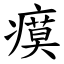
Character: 瘼